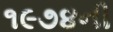
૧૯૭૪ની